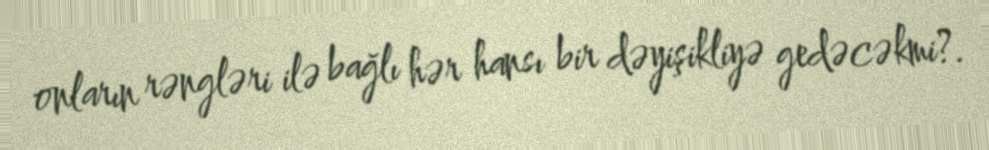
onların rəngləri ilə bağlı hər hansı bir dəyişikliyə gedəcəkmi?.